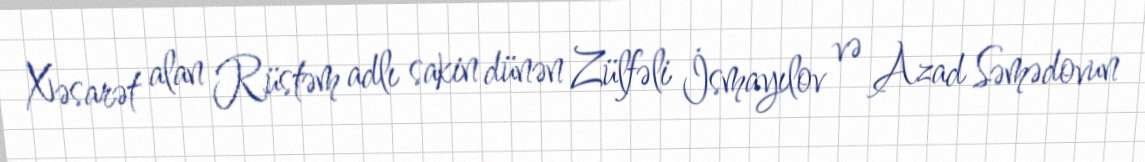
Xəsarət alan Rüstəm adlı sakin dünən Zülfəli İsmayılov və Azad Səmədovun